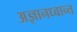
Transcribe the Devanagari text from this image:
अज्ञानध्वान्त